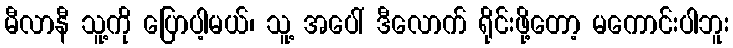
မီလာနီ သူ့ကို ပြောပါ့မယ်၊ သူ့ အပေါ် ဒီလောက် ရိုင်းဖို့တော့ မကောင်းပါဘူး